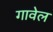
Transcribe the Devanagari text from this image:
गावेल